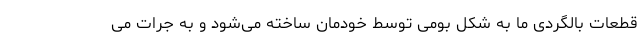
قطعات بالگردی ما به شکل بومی توسط خودمان ساخته می‌شود و به جرات می